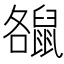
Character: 𪕘